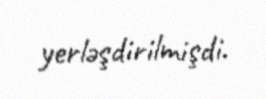
yerləşdirilmişdi.